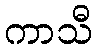
ကာသီ